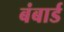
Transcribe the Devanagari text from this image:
बंबार्ड